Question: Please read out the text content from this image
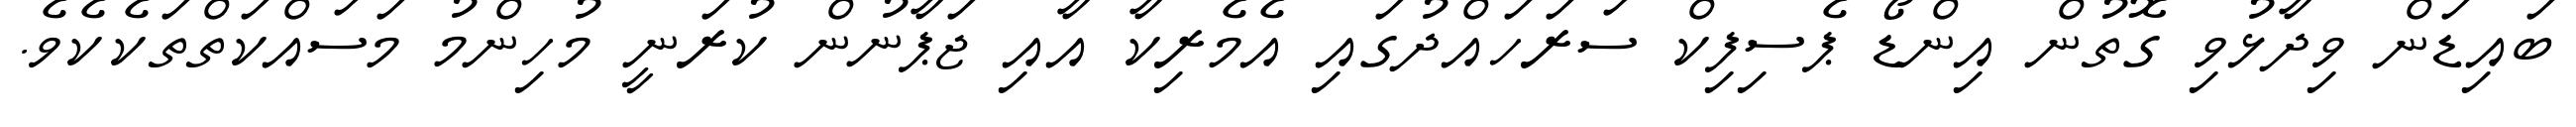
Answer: ބައިޑަން ވިދާޅުވި ގޮތުން އިންޑޯ ޕެސިފިކް ސަރަހައްދުގައި އެމެރިކާ އާއި ޖަޕާނުން ކުރަނީ މުހިންމު މަސައްކަތްތަކެކެވެ.